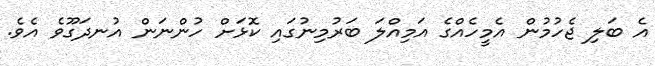
އެ ބަލި ޖެހުމުން އެމީހެއްގެ އަމިއްލަ ބަރުމިނުގައި ކޮޅަށް ހުންނަން އުނދަގޫވެ އެވެ.